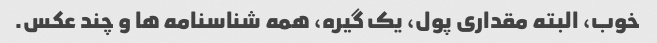
خوب، البته مقداری پول، یک گیره، همه شناسنامه ها و چند عکس.